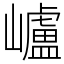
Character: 㠠